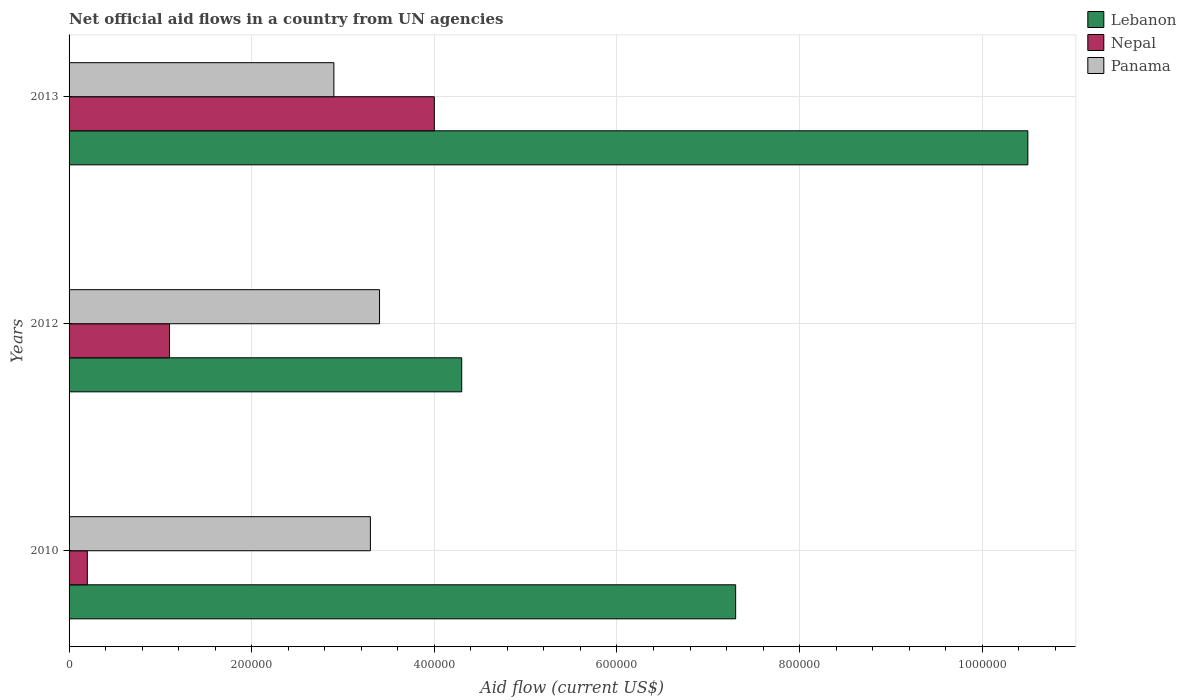
| Years | Lebanon | Nepal | Panama |
 | --- | --- | --- | --- |
 | 2010 | 7.3e+05 | 2e+04 | 3.3e+05 |
 | 2012 | 4.3e+05 | 1.1e+05 | 3.4e+05 |
 | 2013 | 1.05e+06 | 4e+05 | 2.9e+05 |